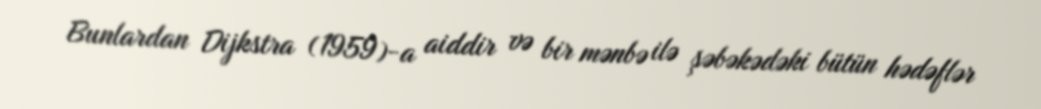
Bunlardan Dijkstra (1959)-a aiddir və bir mənbə ilə şəbəkədəki bütün hədəflər